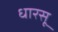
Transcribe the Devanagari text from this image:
धारसू